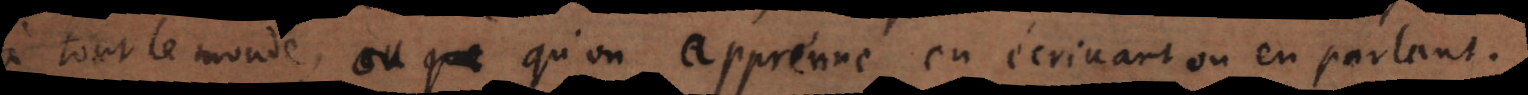
tout le monde, ou qu’on apprenne en écrivant ou en parlant.